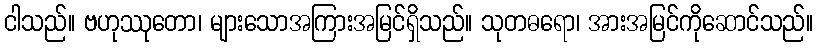
ငါသည်။ ဗဟုဿုတော၊ များသောအကြားအမြင်ရှိသည်။ သုတဓရော၊ အားအမြင်ကိုဆောင်သည်။